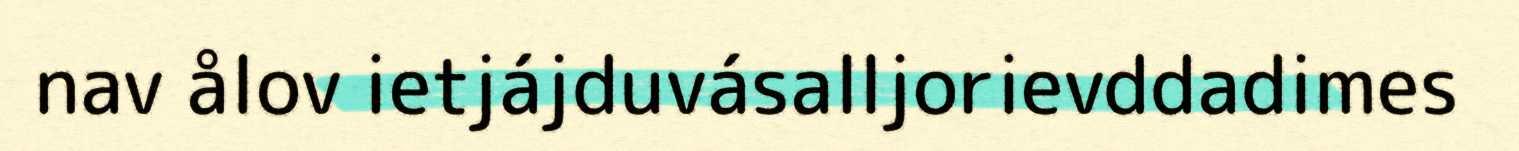
nav ålov ietjájduvásalljorievddadimes